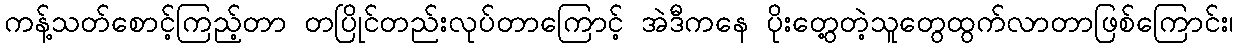
ကန့်သတ်စောင့်ကြည့်တာ တပြိုင်တည်းလုပ်တာကြောင့် အဲဒီကနေ ပိုးတွေ့တဲ့သူတွေထွက်လာတာဖြစ်ကြောင်း၊